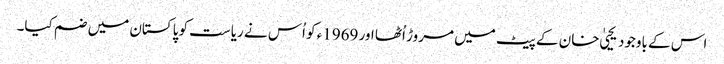
اس کے باوجود یحییٰ خان کے پیٹ میں مروڑ اُٹھا اور 1969ء کو اُس نے ریاست کو پاکستان میں ضم کیا۔